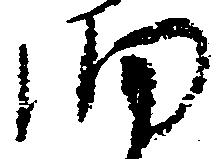
細